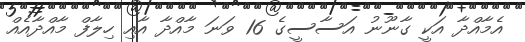
އެމާއްދާ އަކީ ގާނޫނު އަސާސީގެ 16 ވަނަ މާއްދާ އާއި ހިލާފް މާއްދާއެއް